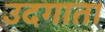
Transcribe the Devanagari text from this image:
उदगाता